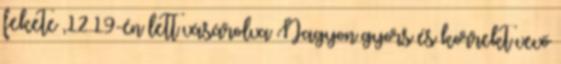
fekete ,12.19-én lett vásárolva Nagyon gyors és korrekt vevő